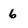
Character: 6